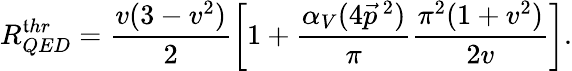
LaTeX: R_{QED}^{\mathfrak{t}hr}=\frac{{v(3-v^{2})}}{{2}}\left[1+\frac{{\alpha_{V}(4\vec{{p}}\, ^{2})}}{{\pi}}\frac{{\pi^{2}(1+v^{2})}}{{2v}}\right].